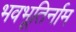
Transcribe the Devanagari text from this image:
भवभूतिर्नाम